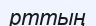
рттың